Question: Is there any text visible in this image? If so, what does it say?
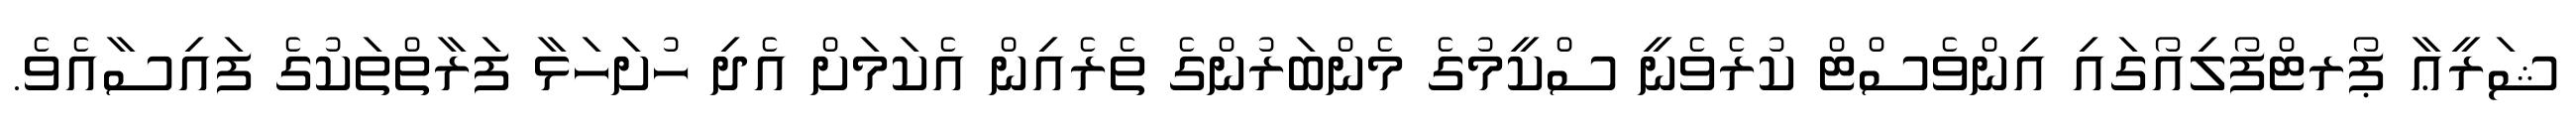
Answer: ޝަރީޢާ ޕޯރޓްފޯލިއޯގައި އިންވެސްޓް ކުރެވެނީ ސްކީމުގެ މެންބަރުންގެ ތެރެއިން އެކަމަށް އެދި ހުށަހަޅާ ފަރާތްތަކުގެ ފައިސާއެވެ.